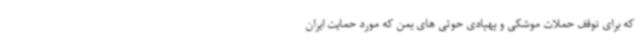
که برای توقف حملات موشکی و پهپادی حوثی های یمن که مورد حمایت ایران